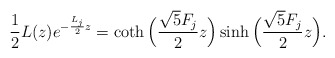
\begin{align*}\frac{1}{2}L(z)e^{-\frac{L_j}{2}z} = {\coth \Big(\frac{\sqrt5 F_j}{2}z\Big)} \sinh \Big(\frac{\sqrt5 F_j}{2}z\Big).\end{align*}